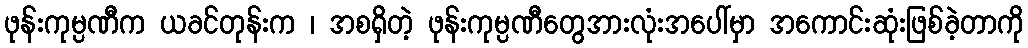
ဖုန်းကုမ္ပဏီက ယခင်တုန်းက ၊ အစရှိတဲ့ ဖုန်းကုမ္ပဏီတွေအားလုံးအပေါ်မှာ အကောင်းဆုံးဖြစ်ခဲ့တာကို